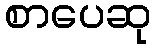
စာပေဆု